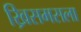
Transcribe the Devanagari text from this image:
ख्रिसमसला